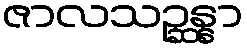
ဇာလသဉ္ဆန္နာ